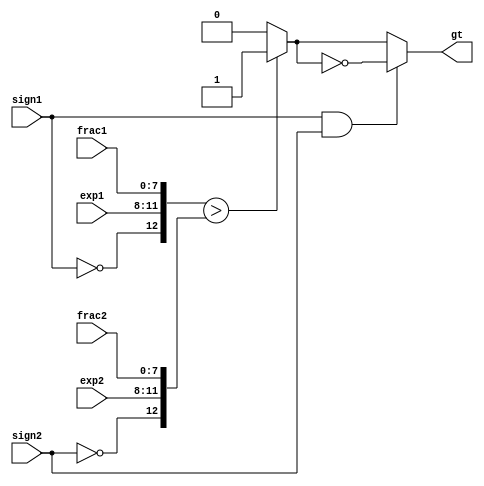
`timescale 1ns / 1ps
//////////////////////////////////////////////////////////////////////////////////
// Company: 
// Engineer: 
// 
// Design Name: 
// Module Name:    float_greater_than 
// Project Name: 
// Target Devices: 
// Tool versions: 
// Description: 
//
// Dependencies: 
//
// Revision: 
// Revision 0.01 - File Created
// Additional Comments: 
//
//////////////////////////////////////////////////////////////////////////////////
module float_greater_than
    (
	  input wire sign1, sign2,
     input wire [3:0] exp1, exp2,
     input wire [7:0] frac1, frac2,
     output wire gt
    );
     wire [12:0] a, b ;
	  wire gti;
	  assign a = {~sign1,exp1,frac1};
	  assign b = {~sign2,exp2,frac2};
	  assign gti = (a>b) ? 1 : 0 ;
	  assign gt = (sign1&sign2) ? ~gti : gti ;
endmodule